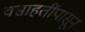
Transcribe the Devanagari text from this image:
वसाहतींपासून